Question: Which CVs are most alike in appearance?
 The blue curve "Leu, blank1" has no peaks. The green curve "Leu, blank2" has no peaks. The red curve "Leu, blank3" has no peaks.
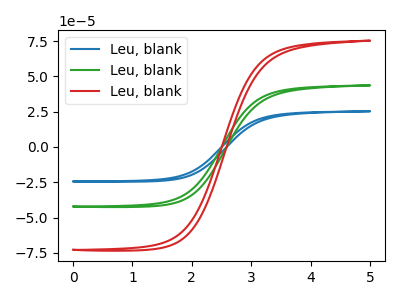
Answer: <think>Neither "Leu, blank1" or "Leu, blank2" have any peaks. Neither "Leu, blank1" or "Leu, blank3" have any peaks. Neither "Leu, blank2" or "Leu, blank3" have any peaks.
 </think>
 <answer>"Leu, blank3", "Leu, blank1" and "Leu, blank2" have the same shape and are likely CV's of the same chemical.</answer>
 <eval>"Leu, blank3" "Leu, blank1" "Leu, blank2"</eval>